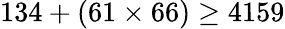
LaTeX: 134+(61\times 66)\geq 4159